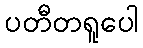
ပတီတရူပေါ